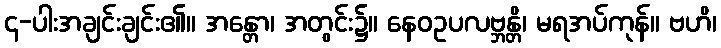
၄-ပါးအချင်းချင်း၏။ အန္တော၊ အတွင်း၌။ နေဝဥပလဗ္ဘန္တိ၊ မရအပ်ကုန်။ ဗဟိ၊